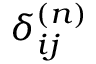
\delta _ { i j } ^ { ( n ) }